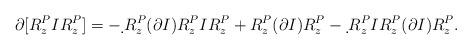
LaTeX: \begin{align*}\partial [R^{ P}_z I R^{ P}_z]=-\d\,R^{ P}_z (\partial I) R^{ P}_z I R^{ P}_z+R^{ P}_z (\partial I) R^{ P}_z-\d\,R^{ P}_z I R^{ P}_z (\partial I) R^{ P}_z .\end{align*}